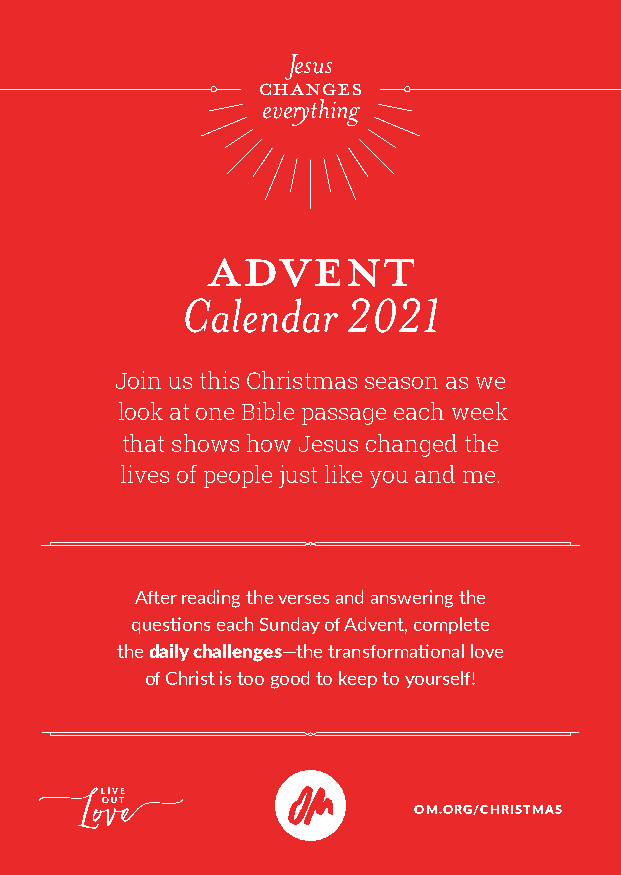
Jesus
 changes
 everything
 ADVENT
 Calendar   2021
 Join us this Christmas season as we
 look at one Bible passage each week
 that shows how Jesus changed the
 lives of people just like you and me.
 After reading the verses and answering the
 questions each Sunday of Advent, complete
 the daily challenges—the transformational love
 of Christ is too good to keep to yourself!
 OM.ORG/CHRISTMAS